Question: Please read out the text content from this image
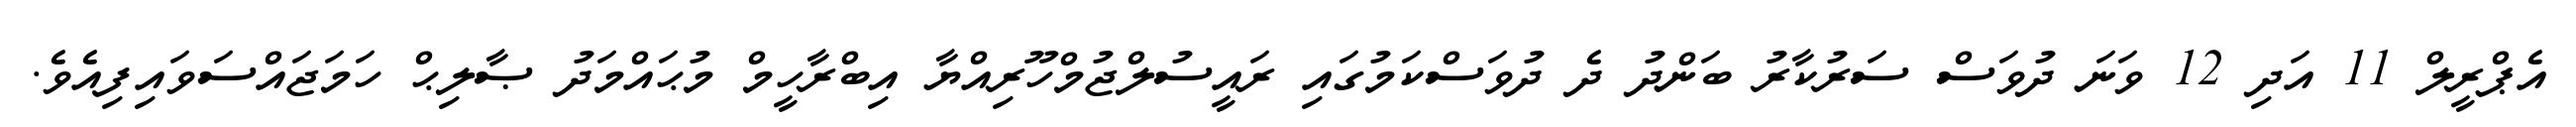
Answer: އެޕްރީލް 11 އަދި 12 ވަނަ ދުވަސް ސަރުކާރު ބަންދު ދެ ދުވަސްކަމުގައި ރައީސުލްޖުމްހޫރިއްޔާ އިބްރާހީމް މުޙައްމަދު ޞާލިޙް ހަމަޖައްސަވައިފިއެވެ.